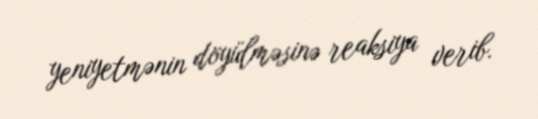
yeniyetmənin döyülməsinə reaksiya verib.